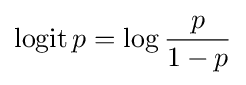
\operatorname {logit} p=\log {\frac {p}{1-p}}